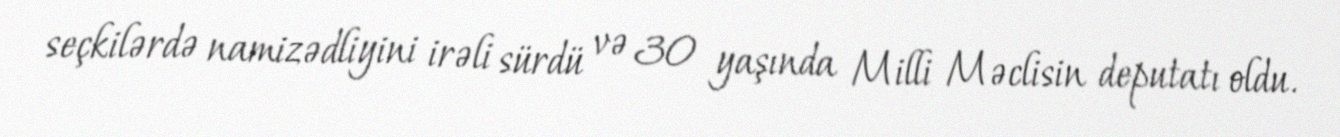
seçkilərdə namizədliyini irəli sürdü və 30 yaşında Milli Məclisin deputatı oldu.